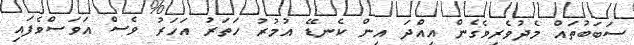
ސަބަބުތައް މެދުވެރިވެގެން އިއްދަ އިން ކެނޑޭ އުމުރު ހަތަރު އަހަރު ވެސް އަވަސްވެފައި